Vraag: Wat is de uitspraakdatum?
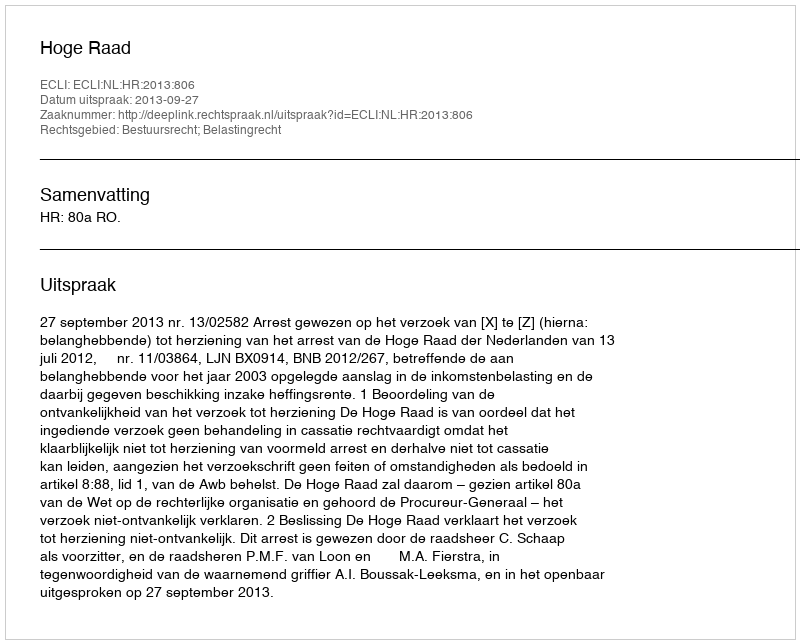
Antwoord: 2013-09-27